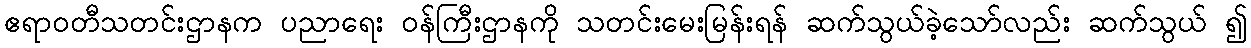
ဧရာဝတီသတင်းဌာနက ပညာရေး ဝန်ကြီးဌာနကို သတင်းမေးမြန်းရန် ဆက်သွယ်ခဲ့သော်လည်း ဆက်သွယ် ၍